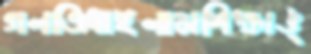
গলতিধাইলামশিক্ষাঙ্